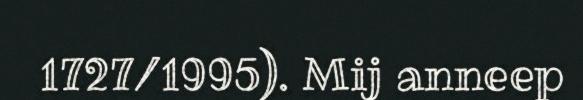
1727/1995). Mij anneep